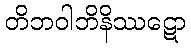
တိဘဝါဘိနိဿဋော